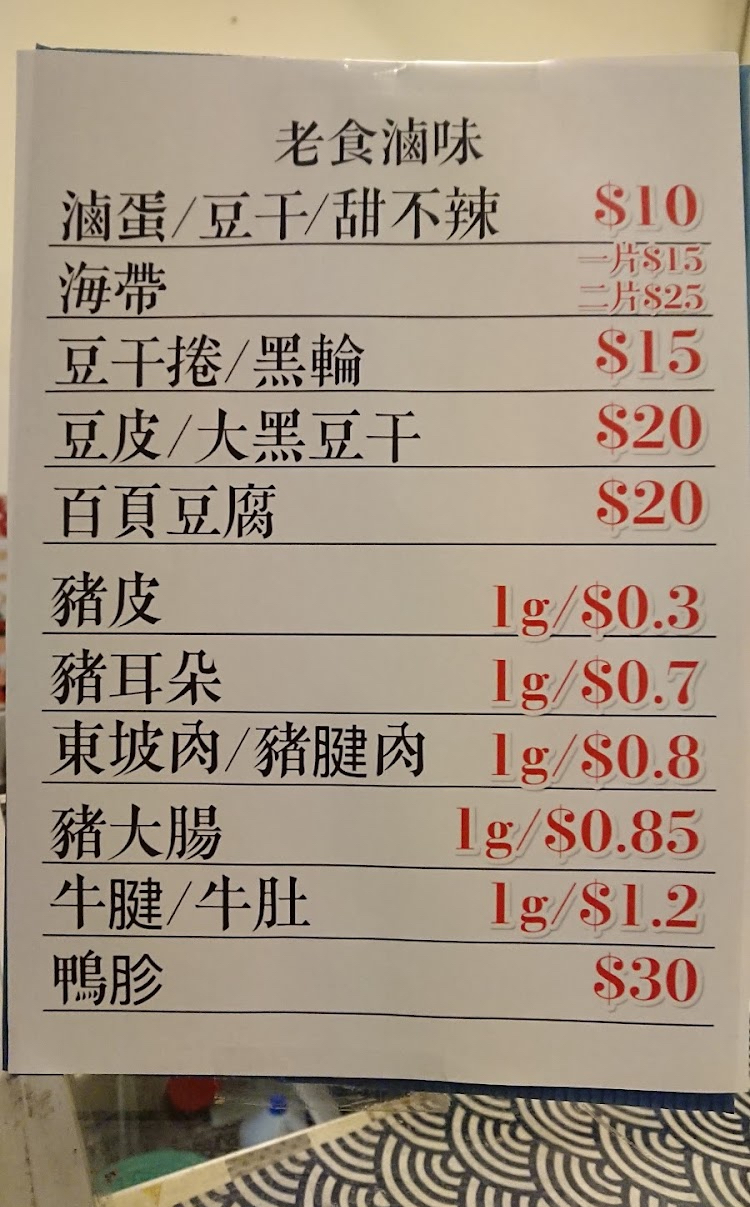
餐廳：老食滷味
菜單：
name: 滷蛋/豆干/甜不辣
price: 10
name: 海帶一片
price: 15
name: 海帶二片
price: 25
name: 豆干捲/黑輪
price: 15
name: 豆皮/大黑豆干
price: 20
name: 百頁豆腐
price: 20
name: 豬皮1g
price: 0.3
name: 豬耳朵1g
price: 0.7
name: 東坡肉/豬腱肉1g
price: 0.8
name: 豬大腸1g
price: 0.85
name: 牛腱/牛肚1g
price: 1.2
name: 鴨胗
price: 30